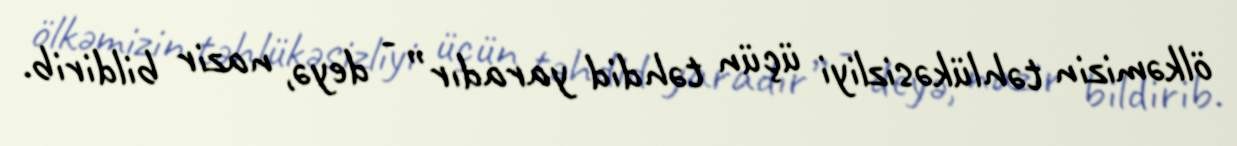
ölkəmizin təhlükəsizliyi üçün təhdid yaradır” - deyə, nazir bildirib.